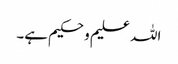
اللہ علیم و حکیم ہے۔